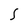
Character: S